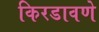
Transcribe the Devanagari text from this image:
किरडावणे